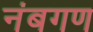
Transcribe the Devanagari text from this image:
नंबगण